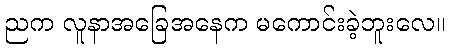
ညက လူနာအခြေအနေက မကောင်းခဲ့ဘူးလေ။